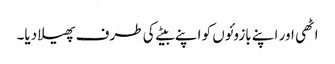
اٹھی اور اپنے بازوئوں کو اپنے بیٹے کی طرف پھیلا دیا۔